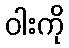
ဝါးကို